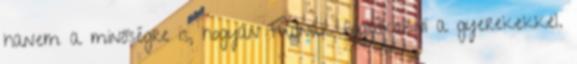
hanem a minőségre is, hogyan tudnak foglalkozni a gyerekekkel.